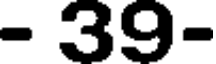
- 39-